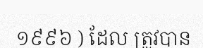
១៩៩៦ ) ដែល ត្រូវបាន